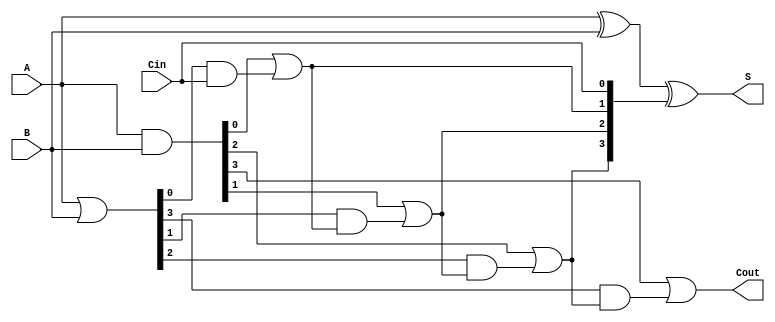
module SklanskyAdder #(
    parameter N = 4 // Define the bit width of the adder
) (
    input  [N-1:0] A,     // First input
    input  [N-1:0] B,     // Second input
    input          Cin,    // Carry input
    output [N-1:0] S,     // Sum output
    output         Cout     // Carry output
);

    wire [N-1:0] G; // Generate signals
    wire [N-1:0] P; // Propagate signals
    wire [N:0] C;   // Carry signals

    // Generate and Propagate Logic
    assign G = A & B;          // G[i] = A[i] AND B[i]
    assign P = A | B;          // P[i] = A[i] OR B[i]

    // Carry Logic (Prefix Tree)
    assign C[0] = Cin;

    genvar i;
    generate
        for (i = 0; i < N; i = i + 1) begin : carry_logic
            if (i == 0) begin
                assign C[i+1] = G[i] | (P[i] & C[0]);
            end else begin
                assign C[i+1] = G[i] | (P[i] & C[i]);
            end
        end
    endgenerate

    // Sum Logic
    assign S = A ^ B ^ C[N-1:0];

    // Carry out
    assign Cout = C[N];

endmodule